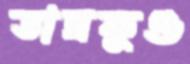
তাম্রকুণ্ড